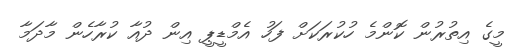
މީގެ އިތުރުން ކޮންމެ ހުކުރަކަށް ފަހު އެމްޑީޕީ އިން ދުއާ ކުރާހެން މާދަމާ